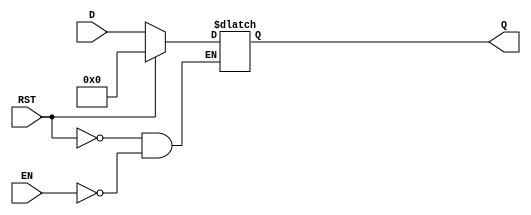
module LatchRegister #(parameter WIDTH = 8) (
    input wire [WIDTH-1:0] D,     // Data input
    input wire EN,                 // Enable signal
    input wire RST,                // Reset signal
    output reg [WIDTH-1:0] Q       // Data output
);

    // Sequential logic for the latch register
    always @(*) begin
        if (RST) begin
            Q <= {WIDTH{1'b0}};      // Reset the output to zero
        end else if (EN) begin
            Q <= D;                  // Latch the input data when enabled
        end
        // If not reset or enabled, Q retains its previous value
    end

endmodule